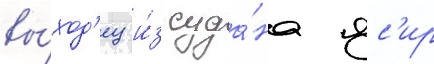
вы́ход'ец и́з суда́на яс'ир